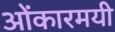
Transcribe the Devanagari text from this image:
ओंकारमयी